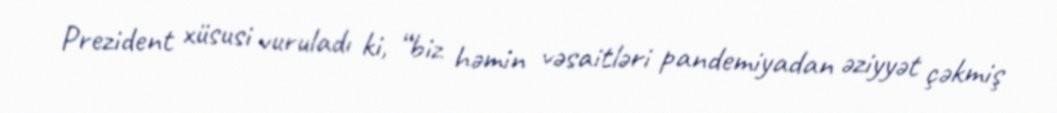
Prezident xüsusi vuruladı ki, “biz həmin vəsaitləri pandemiyadan əziyyət çəkmiş